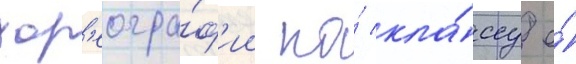
хор'еогра́ф'ии по́ кла́ссу е́